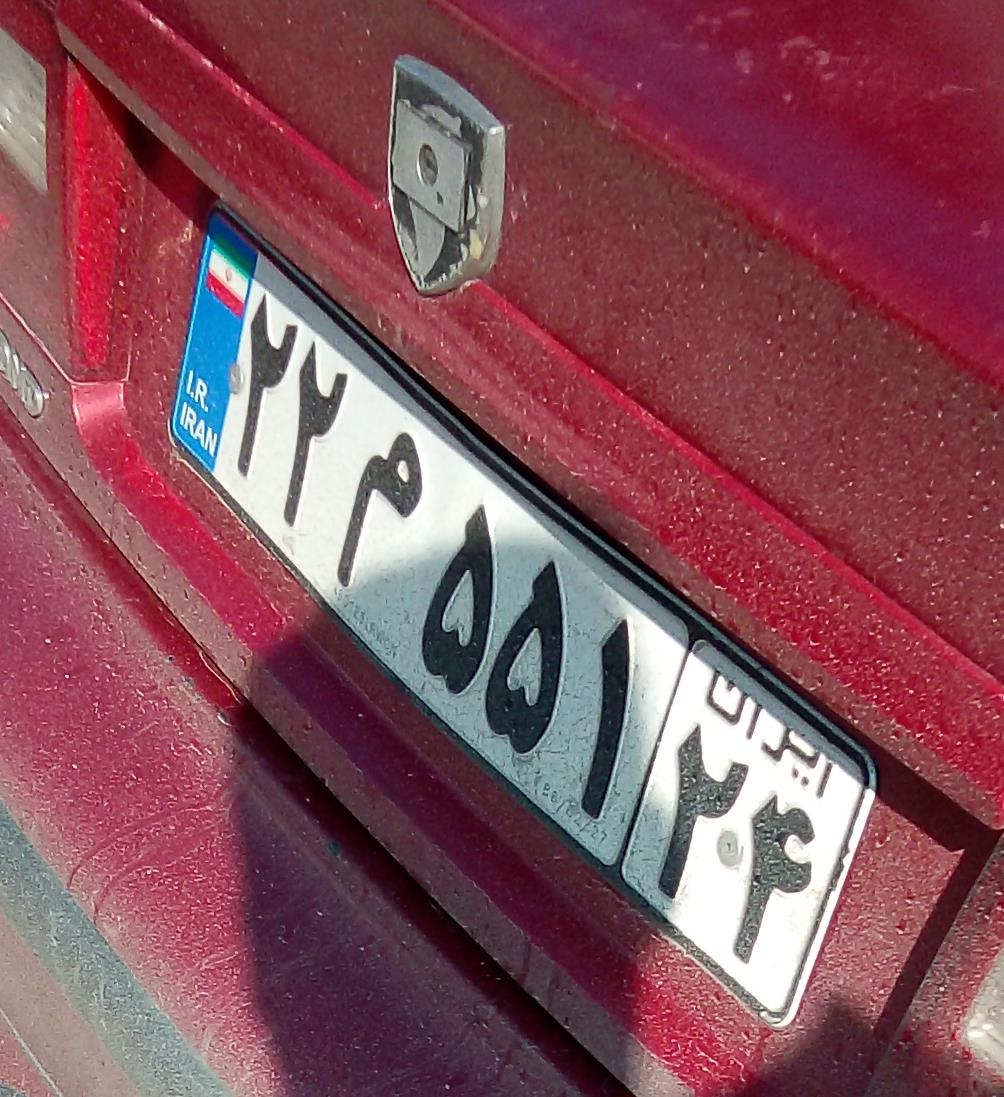
۲۲م۵۵۱۲۴